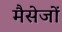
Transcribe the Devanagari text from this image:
मैसेजों